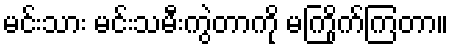
မင်းသား မင်းသမီးကွဲတာကို မကြိုက်ကြတာ။